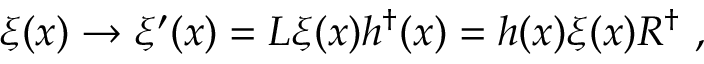
\xi ( x ) \rightarrow \xi ^ { \prime } ( x ) = L \xi ( x ) h ^ { \dagger } ( x ) = h ( x ) \xi ( x ) R ^ { \dagger } \ ,